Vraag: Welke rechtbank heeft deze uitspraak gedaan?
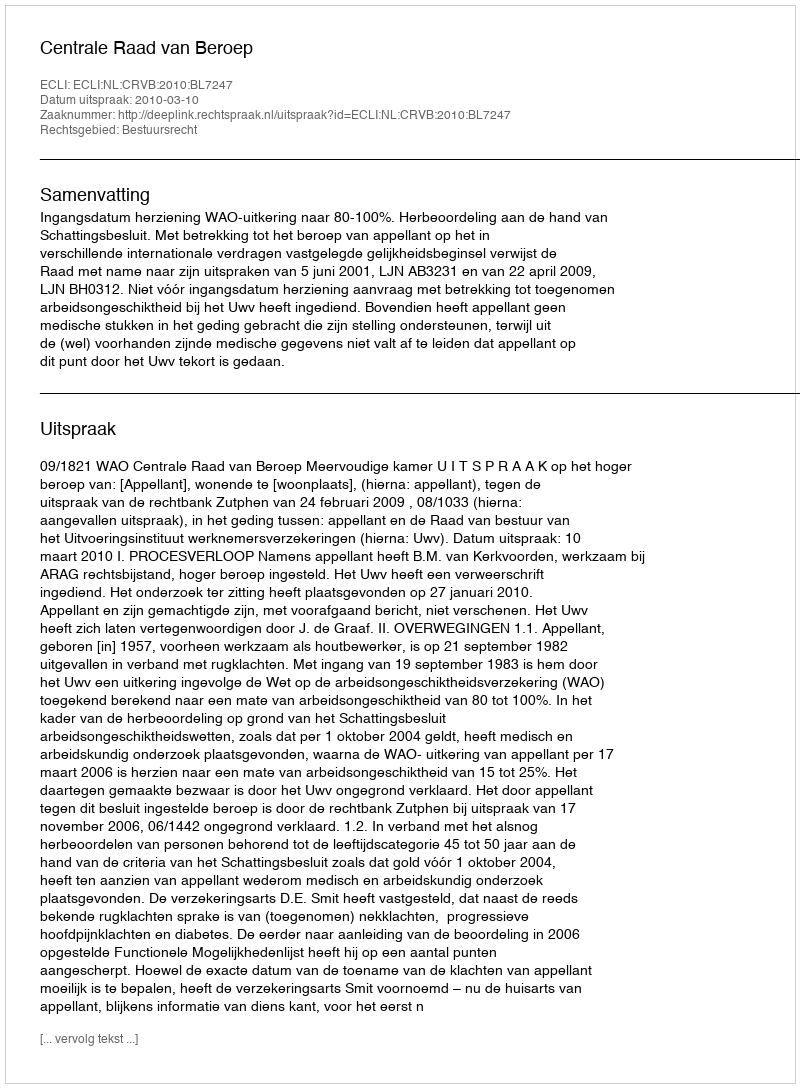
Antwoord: Centrale Raad van Beroep